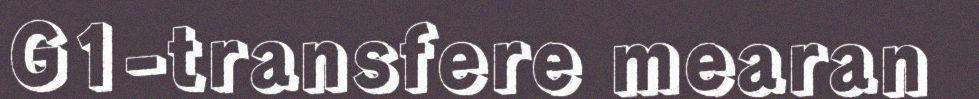
G1-transfere mearan